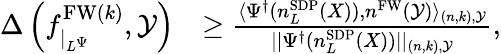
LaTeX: \begin{array}{rl}{\Delta\left(f_{\vert_{L^{\Psi}}}^{\mathrm{FW}(k)},\mathcal{Y}\right)}&{\ge\frac{\langle\Psi^{\dagger}(n_{L}^{\mathrm{SDP}}(X)),n^{\mathrm{FW}}(\mathcal{Y})\rangle_{{(n,k),\mathcal{Y}}}}{\vert\vert\Psi^{\dagger}(n_{L}^{\mathrm{SDP}}(X))\vert\vert_{{(n,k),\mathcal{Y}}}},}\end{array}